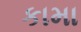
કામા